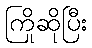
ကြိုဆိုပြီး